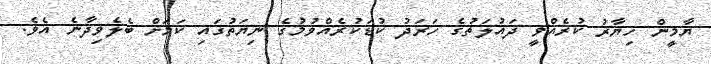
ޔާމީން ހިޔާރު ކުރެއްވީ ދައުލަތުގެ ހަރަދު ކުޑަކުރެއްވުމުގެ ނިޔަތުގައި ކަމަށް ބެލެވިދާނެ އެވެ.